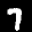
Label: 7